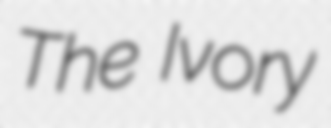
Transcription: The Ivory